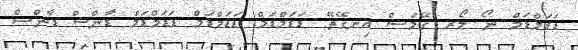
ޑަޑަމްޑަމް ނޯ މޯރ ގޭމްސް އިނގޭތޭ. ޑަޑަަމްޑަމް ޑަޑަަމްޑަމް ޑަޑަަމްޑަމް ޑާންސް ޑާންސް